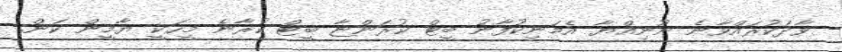
ވާދަކުރައްވާނެ ނޫނިއްޔާ އެމަނިކުފާނު ބީޓް ކުރަންޏާ ބީޓް ކުރާނެ މީހަކީ ޔާމީން ކަން.